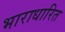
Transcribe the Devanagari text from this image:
भाराधारित